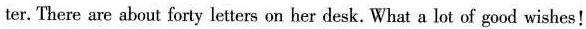
ter. There are about forty letters on her desk. What a lot of good wishes!